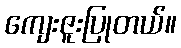
ကျေးဇူးပြုတယ်။